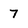
Character: 7